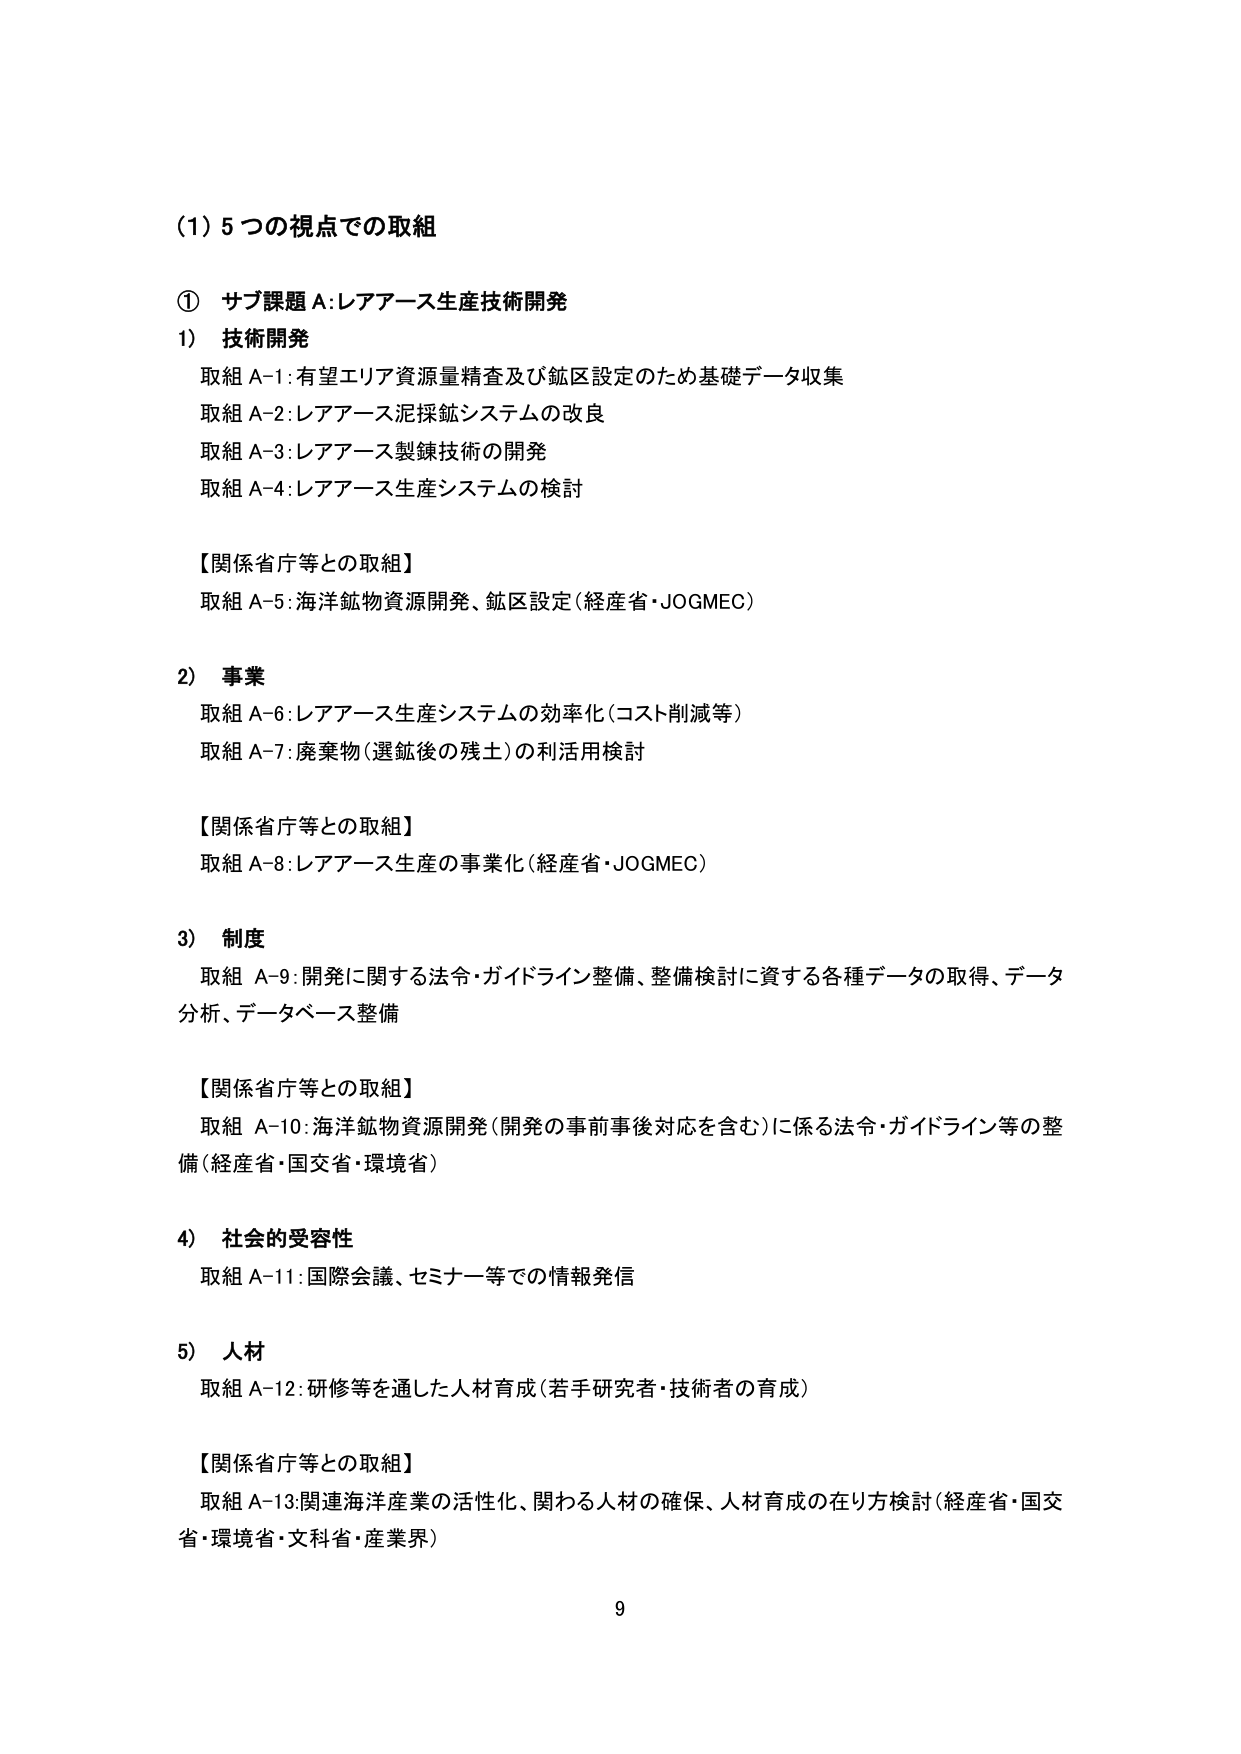
(1) 5つの視点での取組

① サブ課題A:レアアース生産技術開発

1) 技術開発
取組A-1:有望エリア資源量精査及び鉱区設定のため基礎データ収集
取組A-2:レアアース泥採鉱システムの改良
取組A-3:レアアース製錬技術の開発
取組A-4:レアアース生産システムの検討

【関係省庁等との取組】
取組A-5:海洋鉱物資源開発、鉱区設定(経産省・JOGMEC)

2) 事業
取組A-6:レアアース生産システムの効率化(コスト削減等)
取組A-7:廃棄物(選鉱後の残土)の利活用検討

【関係省庁等との取組】
取組A-8:レアアース生産の事業化(経産省・JOGMEC)

3) 制度
取組A-9:開発に関する法令・ガイドライン整備、整備検討に資する各種データの取得、データ分析、データベース整備

【関係省庁等との取組】
取組A-10:海洋鉱物資源開発(開発の事前事後対応を含む)に係る法令・ガイドライン等の整備(経産省・国交省・環境省)

4) 社会的受容性
取組A-11:国際会議、セミナー等での情報発信

5) 人材
取組A-12:研修等を通した人材育成(若手研究者・技術者の育成)

【関係省庁等との取組】
取組A-13:関連海洋産業の活性化、関わる人材の確保、人材育成の在り方検討(経産省・国交省・環境省・文科省・産業界)

9